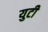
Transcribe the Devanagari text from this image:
युटी